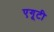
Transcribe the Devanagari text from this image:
एगूटी